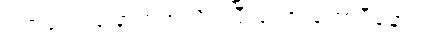
ဝက်ပေါင်ခြောက်အလိပ်၊ပြီးတော့ ကော်ဖီနော်။